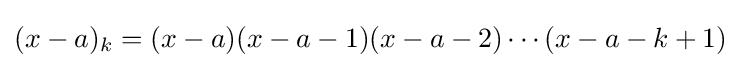
(x-a)_{k}=(x-a)(x-a-1)(x-a-2)\cdots (x-a-k+1)